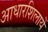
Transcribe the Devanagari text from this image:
आधारशिलायें